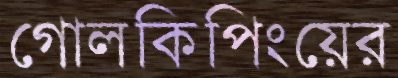
গোলকিপিংয়ের